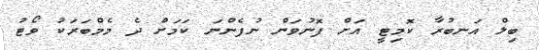
ބިލް އަނބުރާ ކޮމިޓީ އަށް ފޮނުވަން ނުފެންނަ ކަމަށް ދެ މެމްބަރަކު ވޯޓު